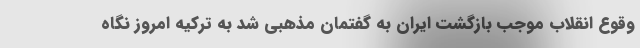
وقوع انقلاب موجب بازگشت ایران به گفتمان مذهبی شد به ترکیه امروز نگاه